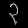
Digit: ၃